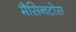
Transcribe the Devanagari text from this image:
मैसिनटोस